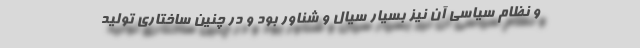
و نظام سیاسی آن نیز بسیار سیال و شناور بود و در چنین ساختاری تولید